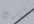
أموت